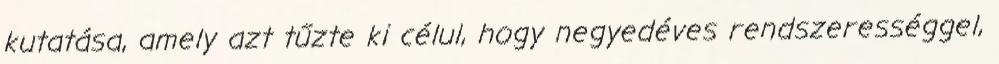
kutatása, amely azt tűzte ki célul, hogy negyedéves rendszerességgel,